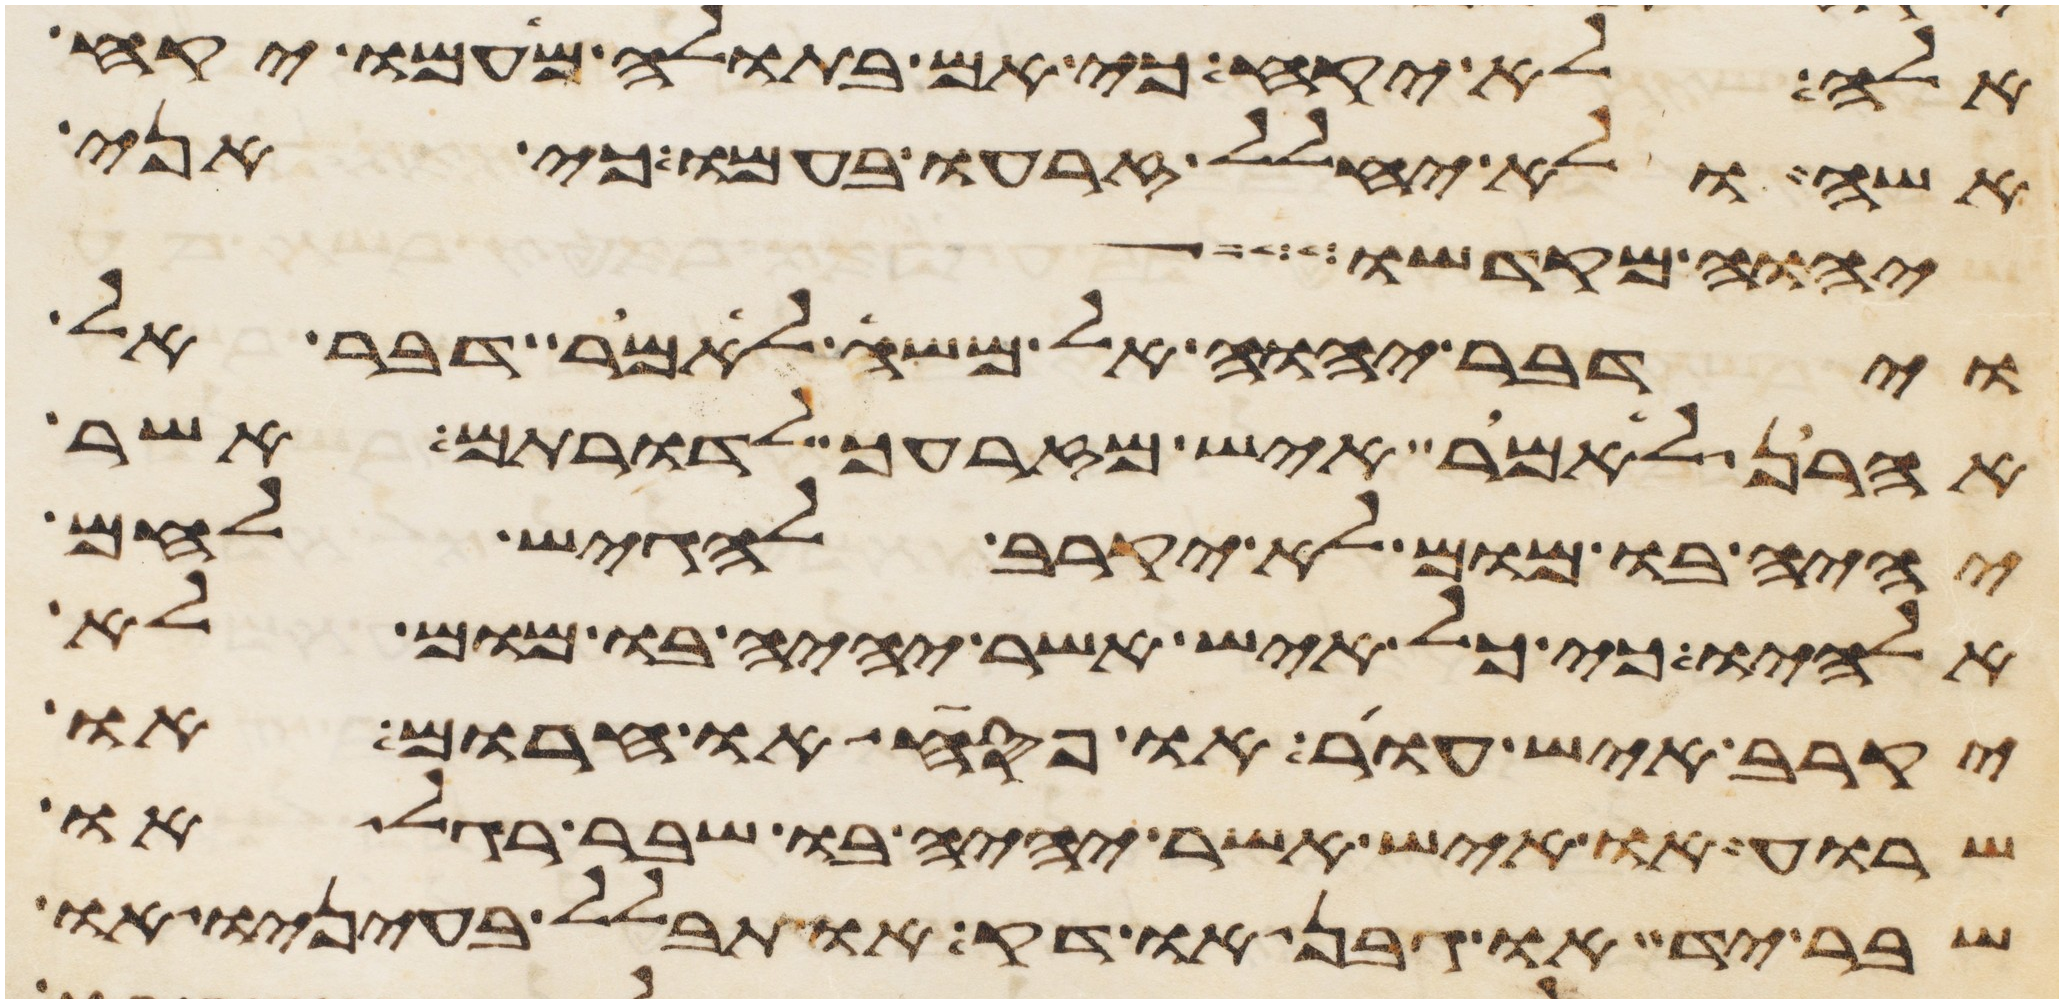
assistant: אלה לא יקח כי אם בתולה מעמו יקח
אשה ולא יחלל זרעו בעמו כי אני
יהוה מקדשו
וידבר יהוה אל משה לאמר דבר אל
אהרן לאמר איש מזרעך לדרותם אשר
יהיה בו מום לא יקרב להגיש לחם
אלהיו כי כל איש אשר יהיה בו מום לא
יקרב איש עור או פסח או חרום או
שרוע או איש אשר יהיה בו שבר רגל או
שבר יד או גבן או דק או תבלל בעיניו או